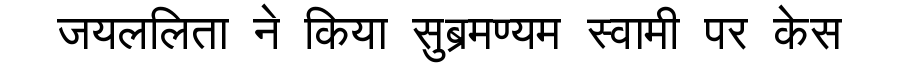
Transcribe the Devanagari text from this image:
जयललिता ने किया सुब्रमण्यम स्वामी पर केस